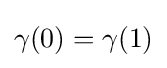
\gamma (0)=\gamma (1)